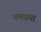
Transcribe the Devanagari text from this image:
यमक्या